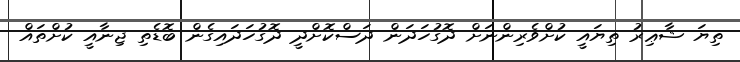
ތިޔަ ޝާޢިރު ތިޔައީ ކުށްވެރިންނަށް ދޮގުހަދަން ދަސްކޮށްދީ ދޮގުހަދައިގެން ބޮޑެތި ޖިނާއީ ކުށްތައް